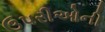
ઉપરીઓની